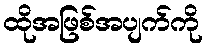
ထိုအဖြစ်အပျက်ကို